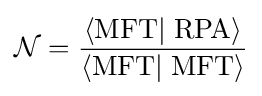
{\mathcal {N}}={\frac {\left\langle \mathrm {MFT} \right|\left.\mathrm {RPA} \right\rangle }{\left\langle \mathrm {MFT} \right|\left.\mathrm {MFT} \right\rangle }}